Report on the working of the Ranchi Indian Mental Hospital, Kanke, in Bihar and Orissa - 1930-1940
Year: 1930
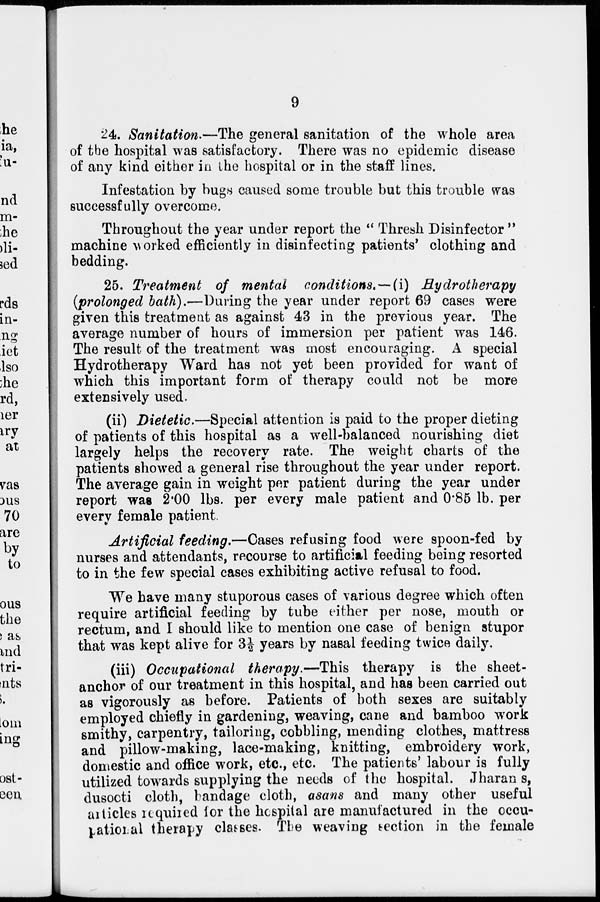
9
24. Sanitation.—The general sanitation of the whole area
of the hospital was satisfactory. There was no epidemic disease
of any kind either in the hospital or in the staff lines.
Infestation by bugs caused some trouble but this trouble was
successfully overcome.
Throughout the year under report the " Thresh Disinfector "
machine worked efficiently in disinfecting patients' clothing and
bedding.
25. Treatment of mental conditions. —(i) Hydrotherapy
(prolonged bath).—During the year under report 69 cases were
given this treatment as against 43 in the previous year. The
average number of hours of immersion per patient was 146.
The result of the treatment was most encouraging. A special
Hydrotherapy Ward has not yet been provided for want of
which this important form of therapy could not be more
extensively used.
(ii) Dietetic.—Special attention is paid to the proper dieting
of patients of this hospital as a well-balanced nourishing diet
largely helps the recovery rate. The weight charts of the
patients showed a general rise throughout the year under report.
The average gain in weight per patient during the year under
report was 2.00 lbs. per every male patient and 0.85 lb. per
every female patient.
Artificial feeding.—Cases refusing food were spoon-fed by
nurses and attendants, recourse to artificial feeding being resorted
to in the few special cases exhibiting active refusal to food.
We have many stuporous cases of various degree which often
require artificial feeding by tube either per nose, mouth or
rectum, and I should like to mention one case of benign stupor
that was kept alive for 3½ years by nasal feeding twice daily.
(iii) Occupational therapy.—This therapy is the sheet-
anchor of our treatment in this hospital, and has been carried out
as vigorously as before. Patients of both sexes are suitably
employed chiefly in gardening, weaving, cane and bamboo work
smithy, carpentry, tailoring, cobbling, mending clothes, mattress
and pillow-making, lace-making, knitting, embroidery work,
domestic and office work, etc., etc. The patients' labour is fully
utilized towards supplying the needs of the hospital. Jharan s,
dusocti cloth, bandage cloth, asans and many other useful
articles required for the hospital are manufactured in the occu-
pational therapy classes. The weaving section in the female